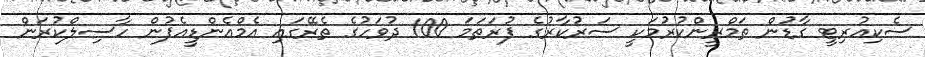
ސެކިއުރިޓީ ގާޑުން ތަމްރީންކުރުމަކީ ސަރުކާރުގެ ފުރަތަމަ 100 ދުވަހުގެ ތެރޭގައި އެމްއެންޑީއެފުން ހާސިލްކުރަން